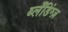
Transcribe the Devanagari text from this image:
ब्लँडिंग्ज़